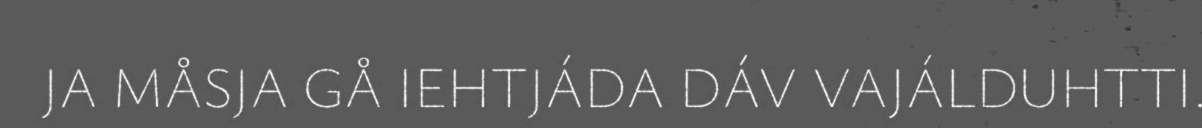
JA MÅSJA GÅ IEHTJÁDA DÁV VAJÁLDUHTTI.